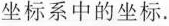
坐标系中的坐标。